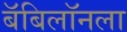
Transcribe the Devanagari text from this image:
बॅबिलॉनला